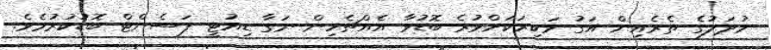
މުދަލުގެ ތެރެއިން އަގު ވަކިރަކަށްވުރެ ބޮޑުވާ އެއްޗެހިން ނަގާ ޑިއުޓީ ޕަސެންޓް ބޮޑުކުރުމެވެ.